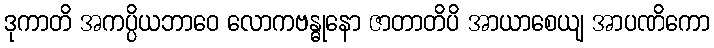
ဒုကာတိ အကပ္ပိယဘာဝေ လောကဗန္ဓုနော ဇာတာတိပိ အာယာစေယျ အာပဏိကော